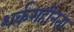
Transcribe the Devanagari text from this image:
शर्कराहीनता